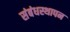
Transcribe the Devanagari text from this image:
संबंधस्थापन